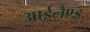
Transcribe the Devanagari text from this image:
आईलैण्‍ड